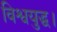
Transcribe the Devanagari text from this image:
विश्वयुद्ध।